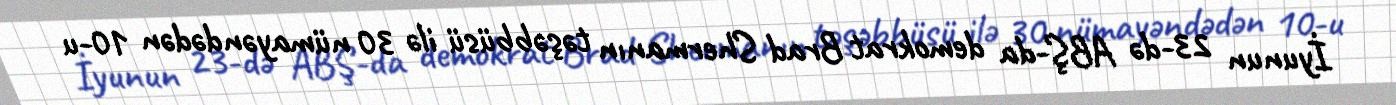
İyunun 23-də ABŞ-da demokrat Brad Shermanın təşəbbüsü ilə 30 nümayəndədən 10-u